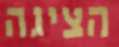
הציגה